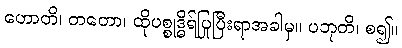
ဟောတိ၊ တတော၊ ထိုပစ္စုဒ္ဓိရ်ပြုပြီးရာအခါမှ။ ပဘုတိ၊ စ၍။